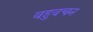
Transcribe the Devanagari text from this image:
वहुवचन